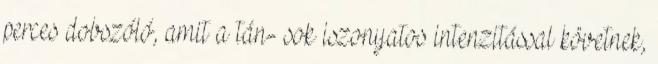
perces dobszóló, amit a tán- sok iszonyatos intenzitással követnek,